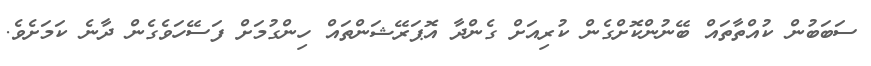
ސަބަބުން ކުއްތާތައް ބޭނުންކޮށްގެން ކުރިއަށް ގެންދާ އޮޕަރޭޝަންތައް ހިންގުމަށް ފަސޭހަވެގެން ދާނެ ކަމަށެވެ.